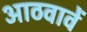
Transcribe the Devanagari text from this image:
आठवावें